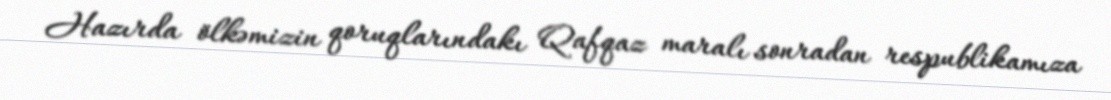
Hazırda ölkəmizin qoruqlarındakı Qafqaz maralı sonradan respublikamıza